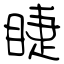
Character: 睫